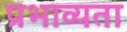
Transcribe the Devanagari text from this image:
प्रभाव्यता